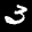
Label: 3